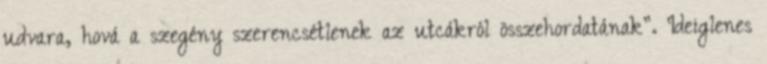
udvara, hová a szegény szerencsétlenek az utcákról összehordatának”. Ideiglenes